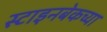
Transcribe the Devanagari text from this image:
स्टाइनबेकच्या